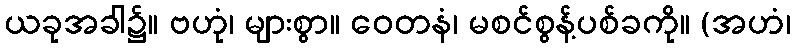
ယခုအခါ၌။ ဗဟုံ၊ များစွာ။ ဝေတနံ၊ မစင်စွန့်ပစ်ခကို။ (အဟံ၊